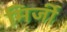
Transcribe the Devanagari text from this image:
मिर्जी